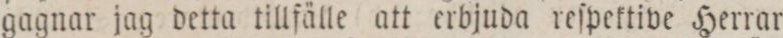
gagnar jag detta tillfälle att erbjuda reſpektive Herrar